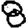
Digit: 8